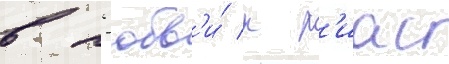
в л'юбв'и́ к р'иас